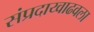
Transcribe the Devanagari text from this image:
संप्रदाय्वाढवला